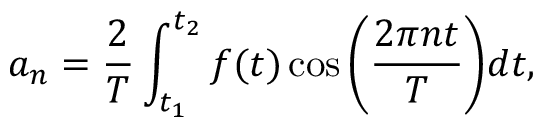
a _ { n } = \frac { 2 } { T } \int _ { t _ { 1 } } ^ { t _ { 2 } } f ( t ) \cos { \bigg ( \frac { 2 \pi n t } { T } \bigg ) } d t ,